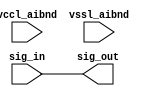
// This program was cloned from: https://github.com/chipsalliance/aib-phy-hardware
// License: Apache License 2.0

// SPDX-License-Identifier: Apache-2.0
// Copyright (C) 2019 Intel Corporation. 
// Library - aibnd_lib, Cell - aibnd_rambit_buf, View - schematic
// LAST TIME SAVED: Apr 19 23:56:59 2015
// NETLIST TIME: May 12 17:53:11 2015
// `timescale 1ns / 1ns 

module aibnd_rambit_buf ( sig_out, sig_in, vccl_aibnd, vssl_aibnd );

output  sig_out;

input  sig_in, vccl_aibnd, vssl_aibnd;

wire sig_out, sig_in; // Conversion Sript Generated


// specify 
//     specparam CDS_LIBNAME  = "aibnd_lib";
//     specparam CDS_CELLNAME = "aibnd_rambit_buf";
//     specparam CDS_VIEWNAME = "schematic";
// endspecify

assign sig_out = sig_in;

endmodule